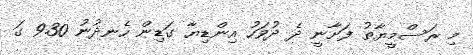
މި ރަސްމީޔާތު ފަށާނީ ދެ ދުވަހު އިންޑިޔާ ގަޑިން ހެނދުނު 9.30 ގަ